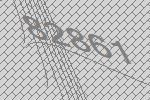
82861